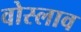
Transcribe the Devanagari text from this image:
वोस्लाव